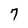
Character: 7